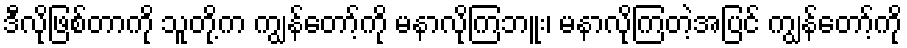
ဒီလိုဖြစ်တာကို သူတို့က ကျွန်တော့်ကို မနာလိုကြဘူး၊ မနာလိုကြတဲ့အပြင် ကျွန်တော့်ကို